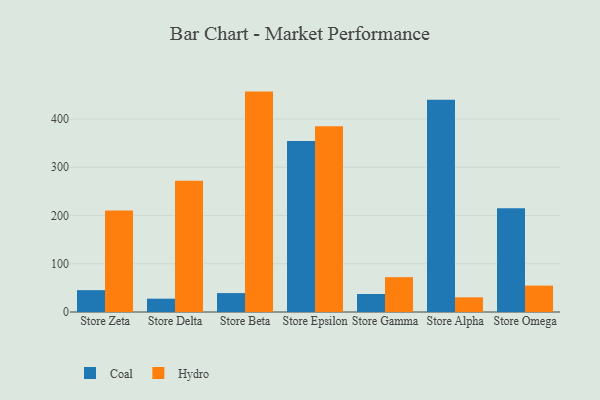
{"axis": {"x": "Store", "y": "LTV (USD)"}, "legend": ["Coal", "Hydro"], "data": [{"x": "Store Zeta", "y": 45.3, "type": "Coal"}, {"x": "Store Zeta", "y": 210.3, "type": "Hydro"}, {"x": "Store Delta", "y": 27.6, "type": "Coal"}, {"x": "Store Delta", "y": 272.2, "type": "Hydro"}, {"x": "Store Beta", "y": 39.2, "type": "Coal"}, {"x": "Store Beta", "y": 456.7, "type": "Hydro"}, {"x": "Store Epsilon", "y": 354.1, "type": "Coal"}, {"x": "Store Epsilon", "y": 384.9, "type": "Hydro"}, {"x": "Store Gamma", "y": 37.3, "type": "Coal"}, {"x": "Store Gamma", "y": 72.2, "type": "Hydro"}, {"x": "Store Alpha", "y": 439.6, "type": "Coal"}, {"x": "Store Alpha", "y": 30.4, "type": "Hydro"}, {"x": "Store Omega", "y": 215.0, "type": "Coal"}, {"x": "Store Omega", "y": 54.7, "type": "Hydro"}]}